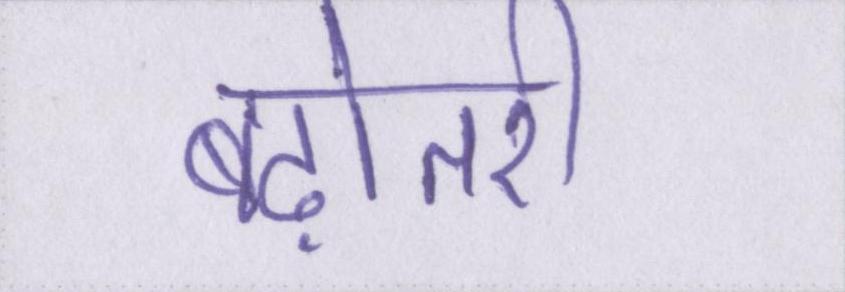
बढ़ोतरी